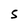
Character: S